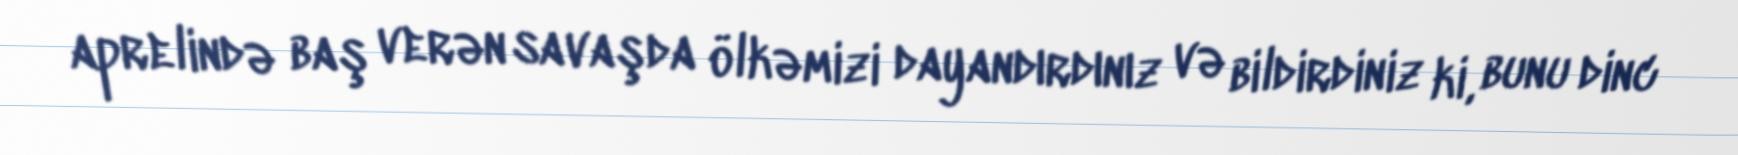
aprelində baş verən savaşda ölkəmizi dayandırdınız və bildirdiniz ki, bunu dinc